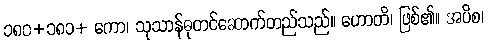
၁၈၀+၁၈၁+ ကော၊ သုသာန်ဓုတင်ဆောက်တည်သည်။ ဟောတိ၊ ဖြစ်၏။ အပိစ၊